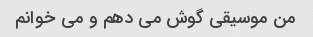
من موسیقی گوش می دهم و می خوانم